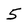
Character: 5